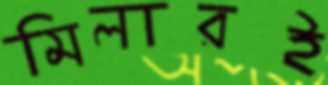
মিলারই